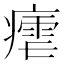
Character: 𭼠